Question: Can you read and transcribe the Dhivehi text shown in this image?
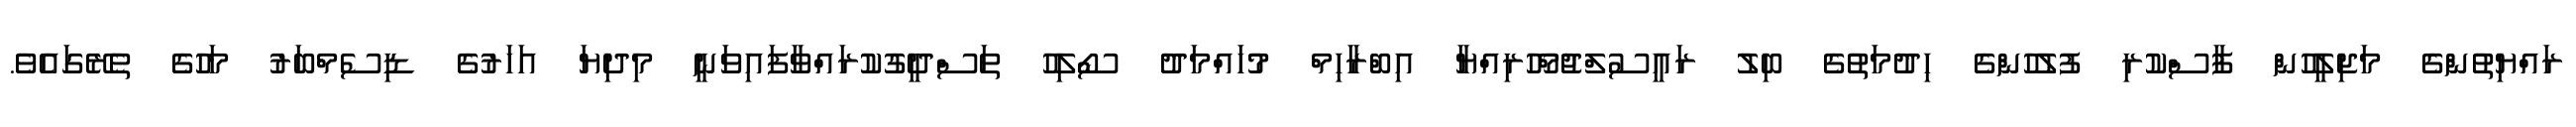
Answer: ރައްޔިތުންގެ މަޖިލީހުން ފާސްކުރި ފުލުހުންގެ ހިދުމަތުގެ ބިލު ރައީސުލްޖުމްހޫރިއްޔާ އިބްރާހިމް މުހައްމަދު ސޯލިހު ތަސްދީގުކުރައްވާފައިވަނީ މިދިޔަ އަހަރުގެ ޑިސެމްބަރު މަހުގެ ތެރޭގައެވެ.